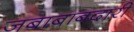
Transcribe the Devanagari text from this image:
जबाबाबदारी